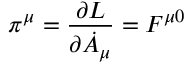
\pi ^ { \mu } = \frac { \partial { \cal L } } { \partial { \dot { A } } _ { \mu } } = F ^ { \mu 0 }